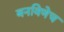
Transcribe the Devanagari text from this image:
बनविणेच